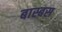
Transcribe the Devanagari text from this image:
बास्बस